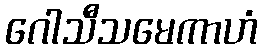
ဂေါသီသမေကာဟံ